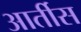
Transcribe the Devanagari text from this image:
आर्तीस